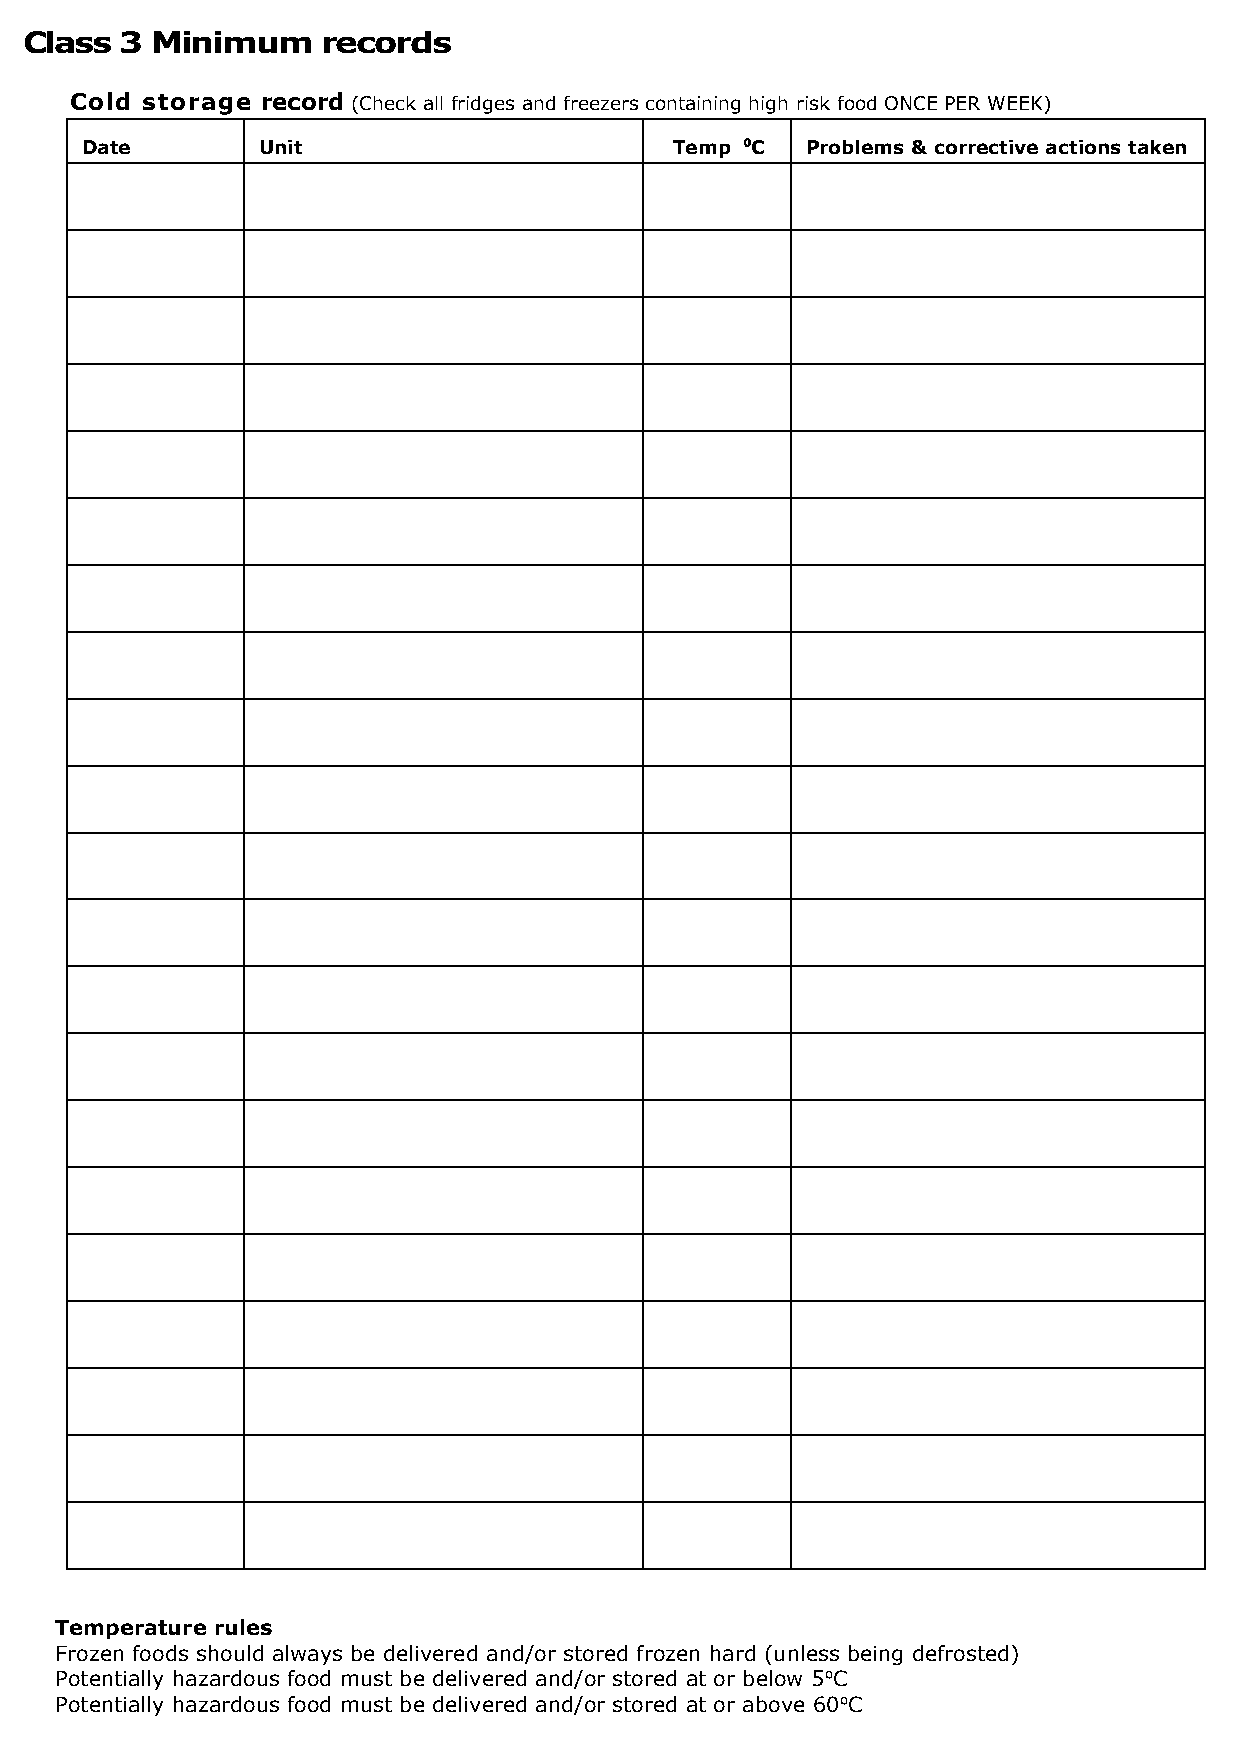
Class  3 Minimum    records
 Week starting: / / 20__
 Cold storage record (Check all fridges and freezers containing high risk food ONCE PER WEEK)
 Date        Unit                        Temp ⁰C Problems & corrective actions taken
 Temperature rules
 Frozen foods should always be delivered and/or stored frozen hard (unless being defrosted)
 Potentially hazardous food must be delivered and/or stored at or below 5⁰C
 Potentially hazardous food must be delivered and/or stored at or above 60⁰C